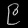
Digit: ၉